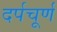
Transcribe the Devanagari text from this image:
दर्पचूर्ण